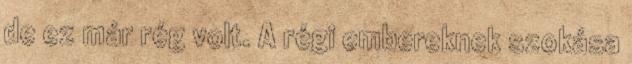
de ez már rég volt. A régi embereknek szokása